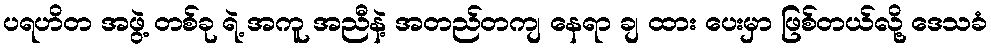
ပရဟိတ အဖွဲ့ တစ်ခု ရဲ့ အကူ အညီနဲ့ အတည်တကျ နေရာ ချ ထား ပေးမှာ ဖြစ်တယ်လို့ ဒေသခံ